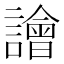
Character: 譮